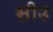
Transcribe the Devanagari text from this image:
सीउ